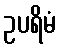
ဥပရိမံ